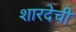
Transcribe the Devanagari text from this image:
शारदेची